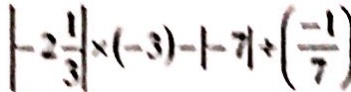
\vert - 2 \frac { 1 } { 3 } \vert \times ( - 3 ) - \vert - 7 \vert + ( \frac { - 1 } { 7 } )